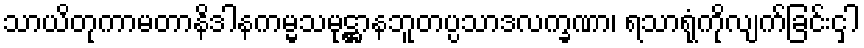
သာယိတုကာမတာနိဒါနကမ္မသမုဋ္ဌာနဘူတပ္ပသာဒလက္ခဏာ၊ ရသာရုံကိုလျက်ခြင်းငှါ